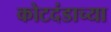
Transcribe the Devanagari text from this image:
कोटदंडाच्या